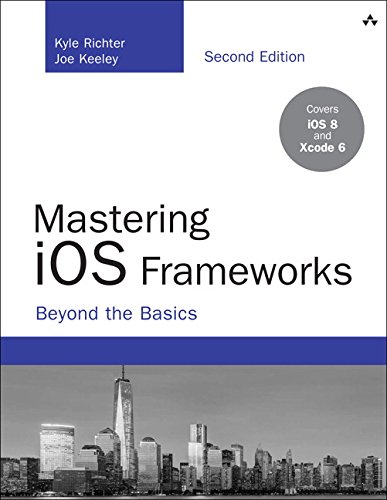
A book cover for Mastering iOS Frameworks: Beyond the Basics (2nd Edition) (Developer's Library); Kyle Richter; Computers & Technology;